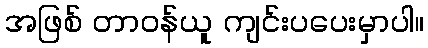
အဖြစ် တာဝန်ယူ ကျင်းပပေးမှာပါ။